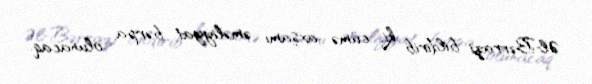
Əl-Bərrazi bildirib ki, cümə axşamı əməliyyat bərpa olunacaq.